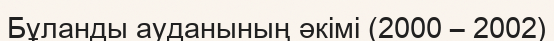
Бұланды ауданының әкімі (2000 – 2002)